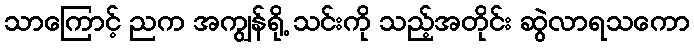
သာကြောင့် ညက အကျွန်ရို့ သင်းကို သည့်အတိုင်း ဆွဲလာရသကော